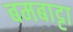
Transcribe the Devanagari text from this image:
बमबाट्टा